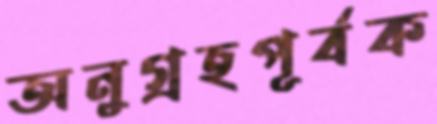
অনুগ্রহপূর্বক